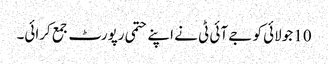
10 جولائی کو جے آئی ٹی نے اپنے حتمی رپورٹ جمع کرائی۔